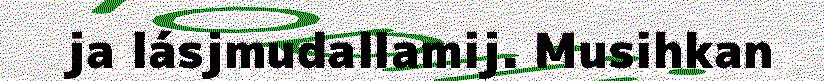
ja lásjmudallamij. Musihkan